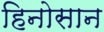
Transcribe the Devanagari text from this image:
हिनोसान